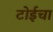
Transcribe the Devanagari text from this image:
टोईचा